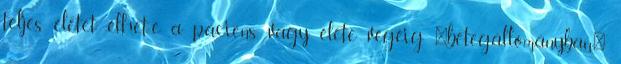
teljes életet élhet-e a páciens, vagy élete végéig "betegállományban"